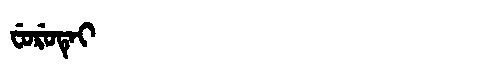
Manchu: ᠸᡠᡵᡠᡨᡝᡳ
Romanization: FURUTEI